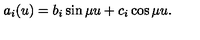
a _ { i } ( u ) = b _ { i } \sin \mu u + c _ { i } \cos \mu u .